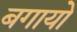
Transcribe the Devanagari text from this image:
बगायो